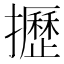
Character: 攊